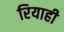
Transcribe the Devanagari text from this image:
रियाही